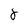
Character: 8